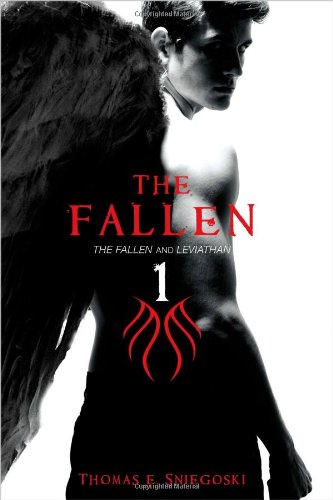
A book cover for The Fallen 1: The Fallen and Leviathan; Thomas E. Sniegoski; Teen & Young Adult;